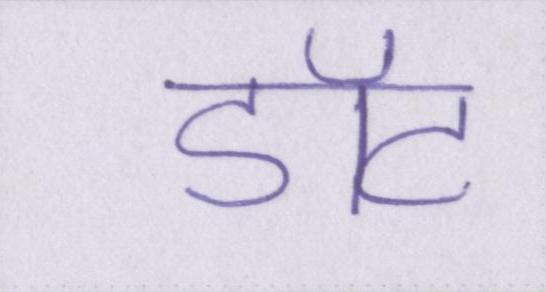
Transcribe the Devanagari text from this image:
डॉट